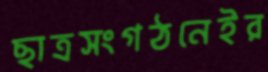
ছাত্রসংগঠনেইর